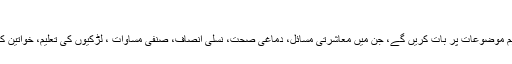
مریکی جریدے کے مطابق ہیری
اور میگھن عوامی تقریبات میں اپنی زندگی اور دنیا سے متعلق اہم موضوعات پر بات کریں گے، جن میں معاشرتی مسائل، دماغی صحت، نسلی انصاف، صنفی مساوات ، لڑکیوں کی تعلیم، خواتین کے حقوق اور ماحول کو درپیش مسائل پر بات چیت شامل ہو گی۔